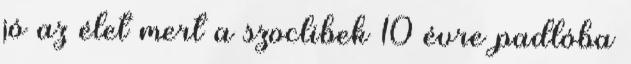
jó az élet mert a szoclibek 10 évre padlóba